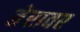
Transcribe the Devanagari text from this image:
तेरावर